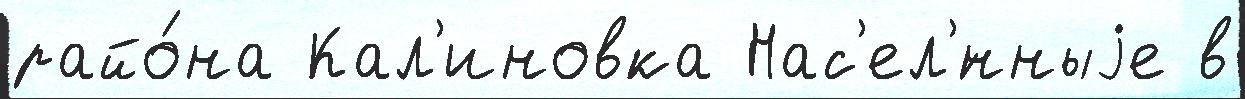
райо́на Кал'иновка Нас'ел'́нныjе в